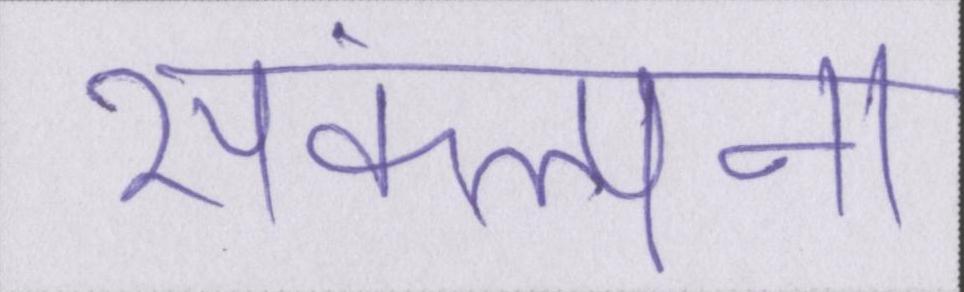
संकल्पना